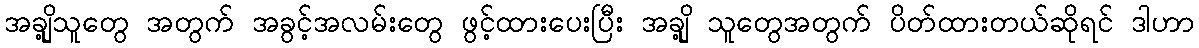
အချို့သူတွေ အတွက် အခွင့်အလမ်းတွေ ဖွင့်ထားပေးပြီး အချို့ သူတွေအတွက် ပိတ်ထားတယ်ဆိုရင် ဒါဟာ